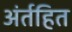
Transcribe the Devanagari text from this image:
अंर्तहित